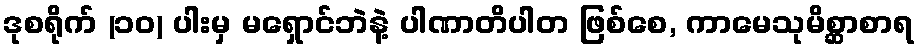
ဒုစရိုက် (၁၀) ပါးမှ မရှောင်ဘဲနဲ့ ပါဏာတိပါတ ဖြစ်စေ, ကာမေသုမိစ္ဆာစာရ